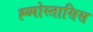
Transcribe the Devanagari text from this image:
ह्य्पोस्तासिस